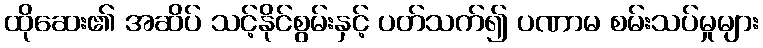
ထိုဆေး၏ အဆိပ် သင့်နိုင်စွမ်းနှင့် ပတ်သက်၍ ပဏာမ စမ်းသပ်မှုများ